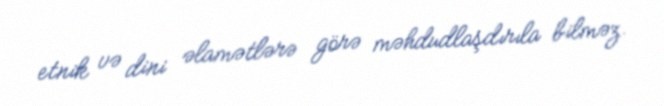
etnik və dini əlamətlərə görə məhdudlaşdırıla bilməz.